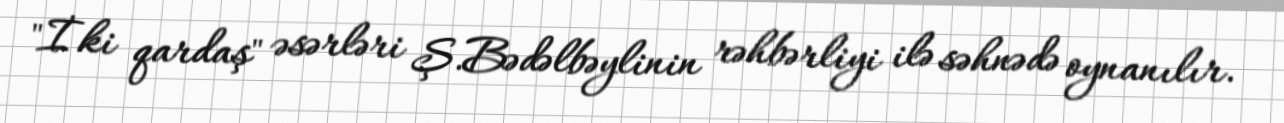
"İki qardaş" əsərləri Ş.Bədəlbəylinin rəhbərliyi ilə səhnədə oynanılır.